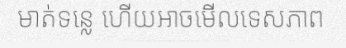
មាត់ទន្លេ ហើយអាចមើលទេសភាព